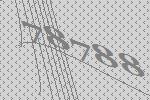
78788